Annual report of the Civil Veterinary Department, Bengal, for the year 1898-99 - 1898-1899
Year: 1898
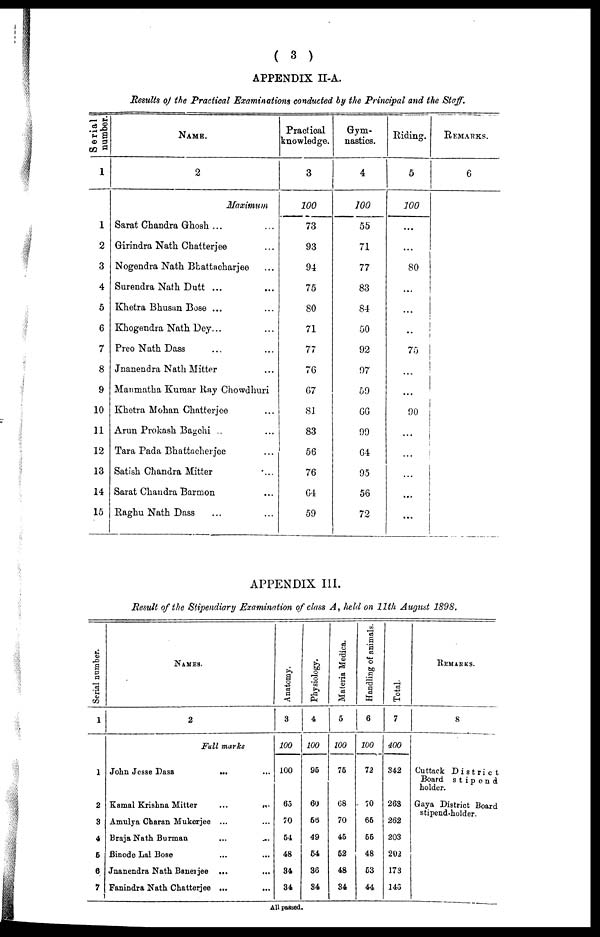
( 3 )
APPENDIX II-A.
Results of the Practical Examinations conducted by the Principal and the Staff.
Serial
number.
1
1
2
3
4
5
6
7
8
9
10
11
12
13
14
15
NAME.
2
Maximum
Sarat Chandra Ghosh ... ...
Girindra Nath Chatterjee ...
Nogendra Nath Bhattaeharjee ...
Surendra Nath Dutt ... ...
Khetra Bhusan Bose ... ...
Khogendra Nath Dey ... ...
Preo Nath Dass ... ...
Jnanendra Nath Mitter ...
Manmatha Kumar Ray Chowdlmri
Khetra Mohan Chatterjee ...
Arun Prokash Bagehi ...
Tara Pada Bhattacherjee ...
Satish Chandra Mitter ...
Sarat Chandra Barmon ...
Raghu Nath Dass ... ...
Practical
knowledge.
3
100
73
93
94
75
80
71
77
76
67
81
83
56
76
64
59
Gym-
nastics.
4
100
55
71
77
83
84
50
92
97
59
66
99
64
95
56
72
Riding.
5
100
...
...
80
...
...
..
75
...
...
90
...
...
...
...
...
REMARKS.
6
APPENDIX III.
Result of the Stipendiary Examination of class A, held on 11th August 1898.
Serial number.
1
1
2
3
4
6
6
7
NAMES.
2
Full marks
John Jesse Dass
... ...
Kamal Krishna Mitter
...
...
Amulya Charan Mukerjee ... ...
Braja Nath Burman ... ...
Binode Lal Bose ... ...
Jnanendra Nath Banerjee ... ...
Fanindra Nath Chatterjee ... ...
Anatomy.
3
100
100
65
70
54
48
34
34
Physiology.
4
100
95
60
56
49
54
36
34
Materia Mediea.
5
100
75
68
70
45
52
48
34
Handling of animals.
6
100
72
70
65
55
48
53
44
Total.
7
400
342
263
262
203
202
173
146
REMARKS.
8
Cuttack District
Board
stipend
holder.
Gaya District Board
stipend-holder.
All passed.